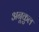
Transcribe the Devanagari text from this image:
अनूकुल